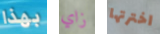
بهذا زاي اخترتها